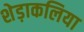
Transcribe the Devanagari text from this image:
शेड़ाकलिया